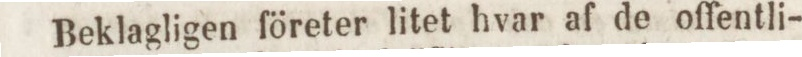
Beklagligen företer litet hvar af de offentli-